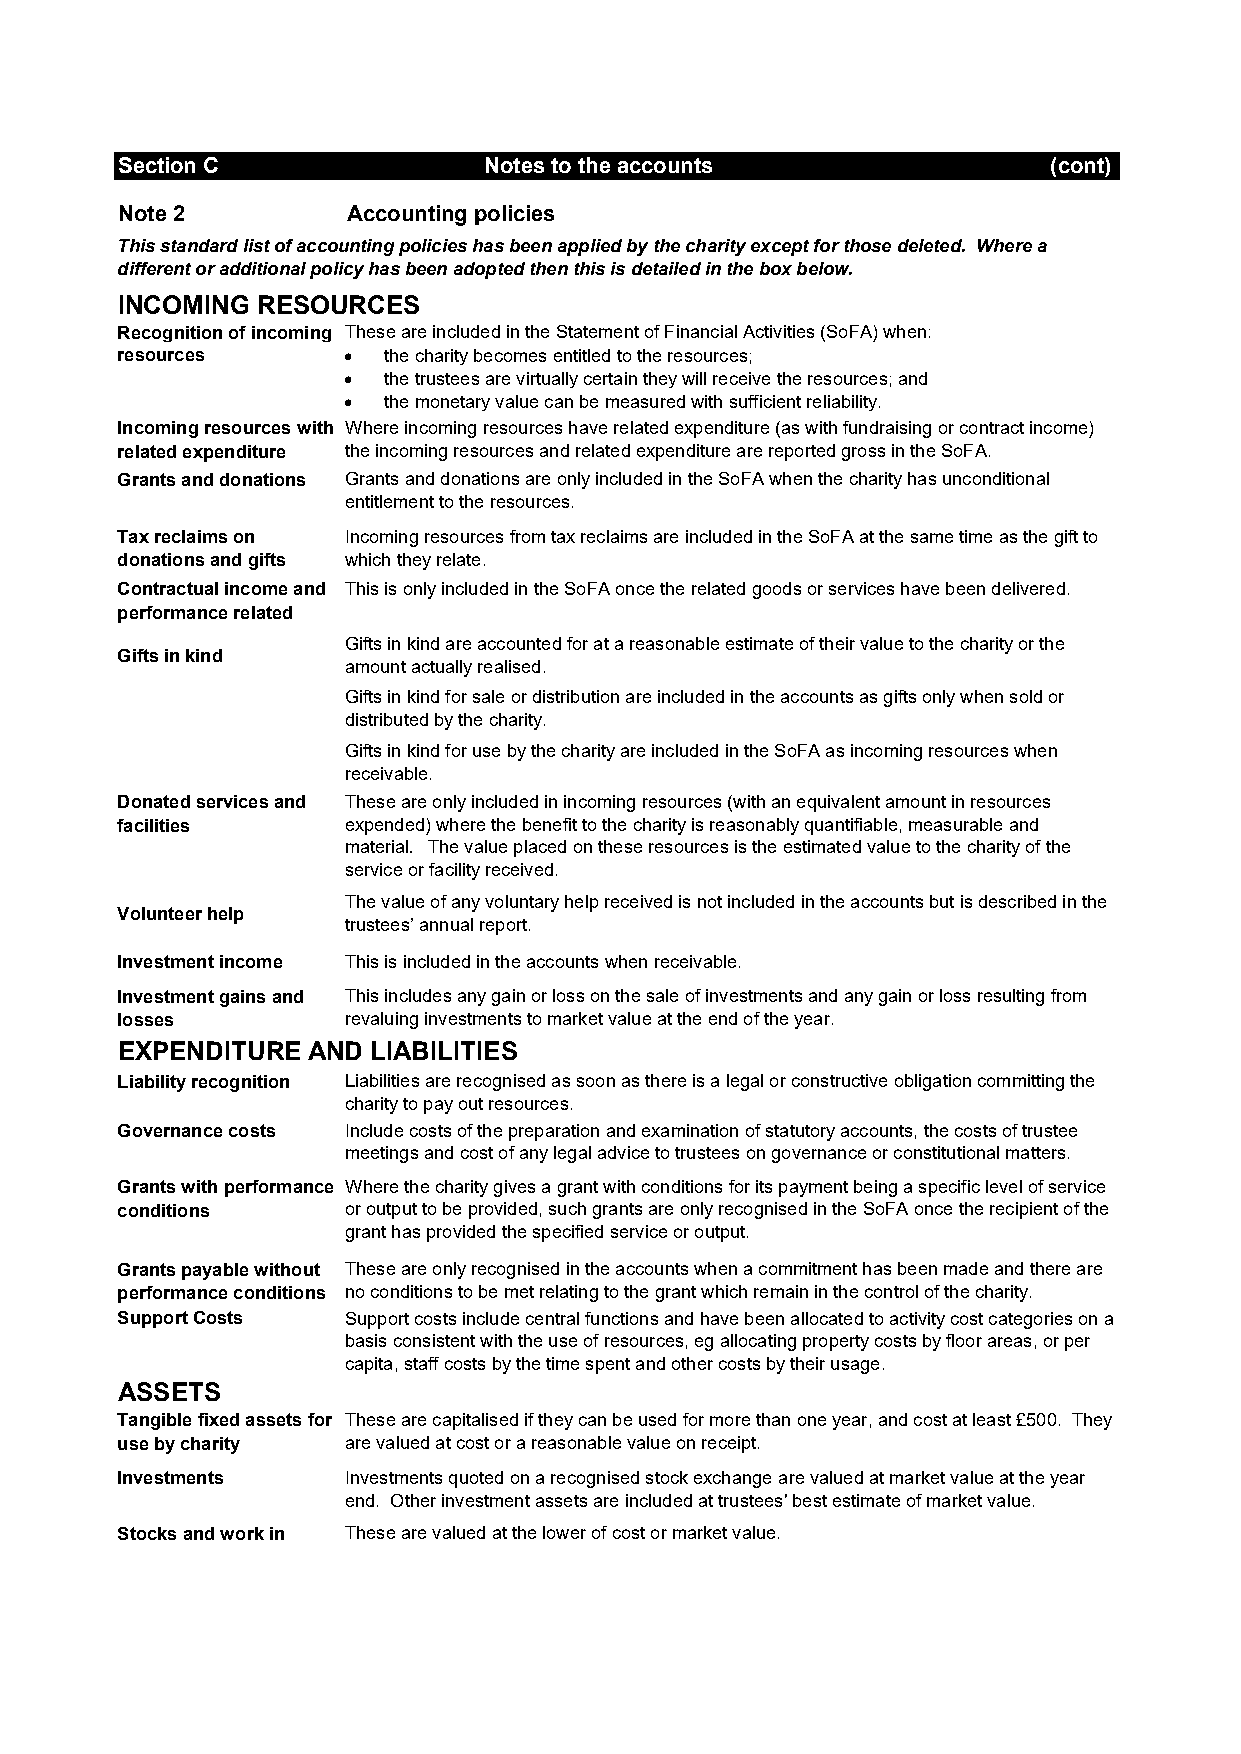
Section C               Notes to the accounts                (cont)
 Note 2         Accounting policies
 This standard list of accounting policies has been applied by the charity except for those deleted. Where a
 different or additional policy has been adopted then this is detailed in the box below.
 INCOMING RESOURCES
 Recognition of incoming These are included in the Statement of Financial Activities (SoFA) when:
 resources       the charity becomes entitled to the resources;
  the trustees are virtually certain they will receive the resources; and
  the monetary value can be measured with sufficient reliability.
 Incoming resources with Where incoming resources have related expenditure (as with fundraising or contract income)
 related expenditure the incoming resources and related expenditure are reported gross in the SoFA.
 Grants and donations Grants and donations are only included in the SoFA when the charity has unconditional
 entitlement to the resources.
 Tax reclaims on Incoming resources from tax reclaims are included in the SoFA at the same time as the gift to
 donations and gifts which they relate.
 Contractual income and This is only included in the SoFA once the related goods or services have been delivered.
 performance related
 grants
 Gifts in kind are accounted for at a reasonable estimate of their value to the charity or the
 Gifts in kind
 amount actually realised.
 Gifts in kind for sale or distribution are included in the accounts as gifts only when sold or
 distributed by the charity.
 Gifts in kind for use by the charity are included in the SoFA as incoming resources when
 receivable.
 Donated services and These are only included in incoming resources (with an equivalent amount in resources
 facilities     expended) where the benefit to the charity is reasonably quantifiable, measurable and
 material. The value placed on these resources is the estimated value to the charity of the
 service or facility received.
 The value of any voluntary help received is not included in the accounts but is described in the
 Volunteer help
 trustees’ annual report.
 Investment income This is included in the accounts when receivable.
 Investment gains and This includes any gain or loss on the sale of investments and any gain or loss resulting from
 losses         revaluing investments to market value at the end of the year.
 EXPENDITURE AND  LIABILITIES
 Liability recognition Liabilities are recognised as soon as there is a legal or constructive obligation committing the
 charity to pay out resources.
 Governance costs Include costs of the preparation and examination of statutory accounts, the costs of trustee
 meetings and cost of any legal advice to trustees on governance or constitutional matters.
 Grants with performance Where the charity gives a grant with conditions for its payment being a specific level of service
 conditions     or output to be provided, such grants are only recognised in the SoFA once the recipient of the
 grant has provided the specified service or output.
 Grants payable without These are only recognised in the accounts when a commitment has been made and there are
 performance conditions no conditions to be met relating to the grant which remain in the control of the charity.
 Support Costs  Support costs include central functions and have been allocated to activity cost categories on a
 basis consistent with the use of resources, eg allocating property costs by floor areas, or per
 capita, staff costs by the time spent and other costs by their usage.
 ASSETS
 Tangible fixed assets for These are capitalised if they can be used for more than one year, and cost at least £500. They
 use by charity are valued at cost or a reasonable value on receipt.
 Investments    Investments quoted on a recognised stock exchange are valued at market value at the year
 end. Other investment assets are included at trustees' best estimate of market value.
 Stocks and work in These are valued at the lower of cost or market value.
 progress